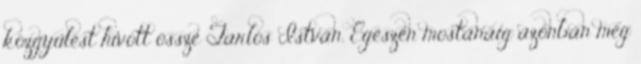
közgyűlést hívott össze Tarlós István. Egészen mostanáig azonban még